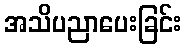
အသိပညာပေးခြင်း